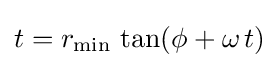
t=r_{\mathrm {min} }\,\tan(\phi +\omega \,t)